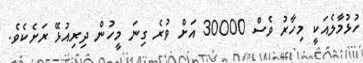
ހުޅުމާލެއަކީ މިހާރު ވެސް 30000 އަށް ވުރެ ގިނަ މީހުން ދިރިއުޅޭ ރަށެކެވެ.